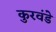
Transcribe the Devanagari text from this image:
कुरवंडे